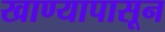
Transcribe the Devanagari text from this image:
खाण्यापासून